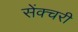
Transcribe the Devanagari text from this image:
सेंक्चरी